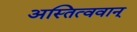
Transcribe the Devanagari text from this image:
अस्तित्ववान्‌